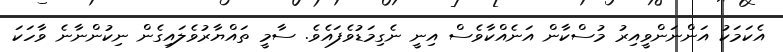
އެކަމަކު އަންނަންވީއިރު މުސްކާން އަނެއްކާވެސް އިނީ ނެގިމަޑުވެފައެވެ. ސާމީ ތައްޔާރުވެލައިގެން ނިކުންނާނެ ވާހަކަ